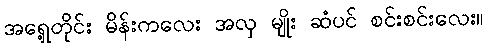
အရှေ့တိုင်း မိန်းကလေး အလှ မျိုး ဆံပင် စင်းစင်းလေး။